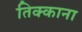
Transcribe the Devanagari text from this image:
तिक्काना